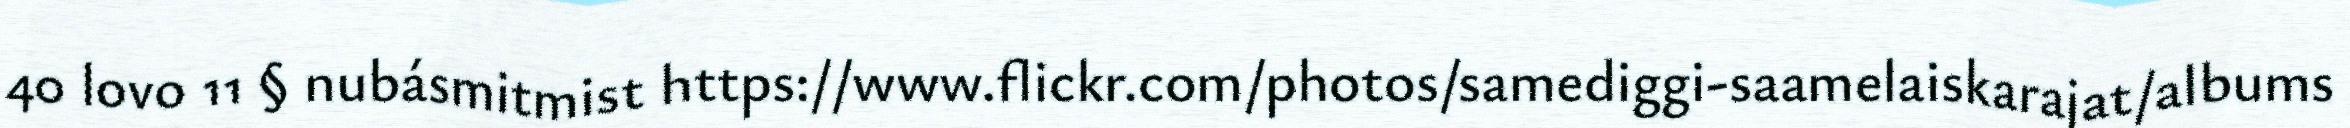
40 lovo 11 § nubásmitmist https://www.flickr.com/photos/samediggi-saamelaiskarajat/albums